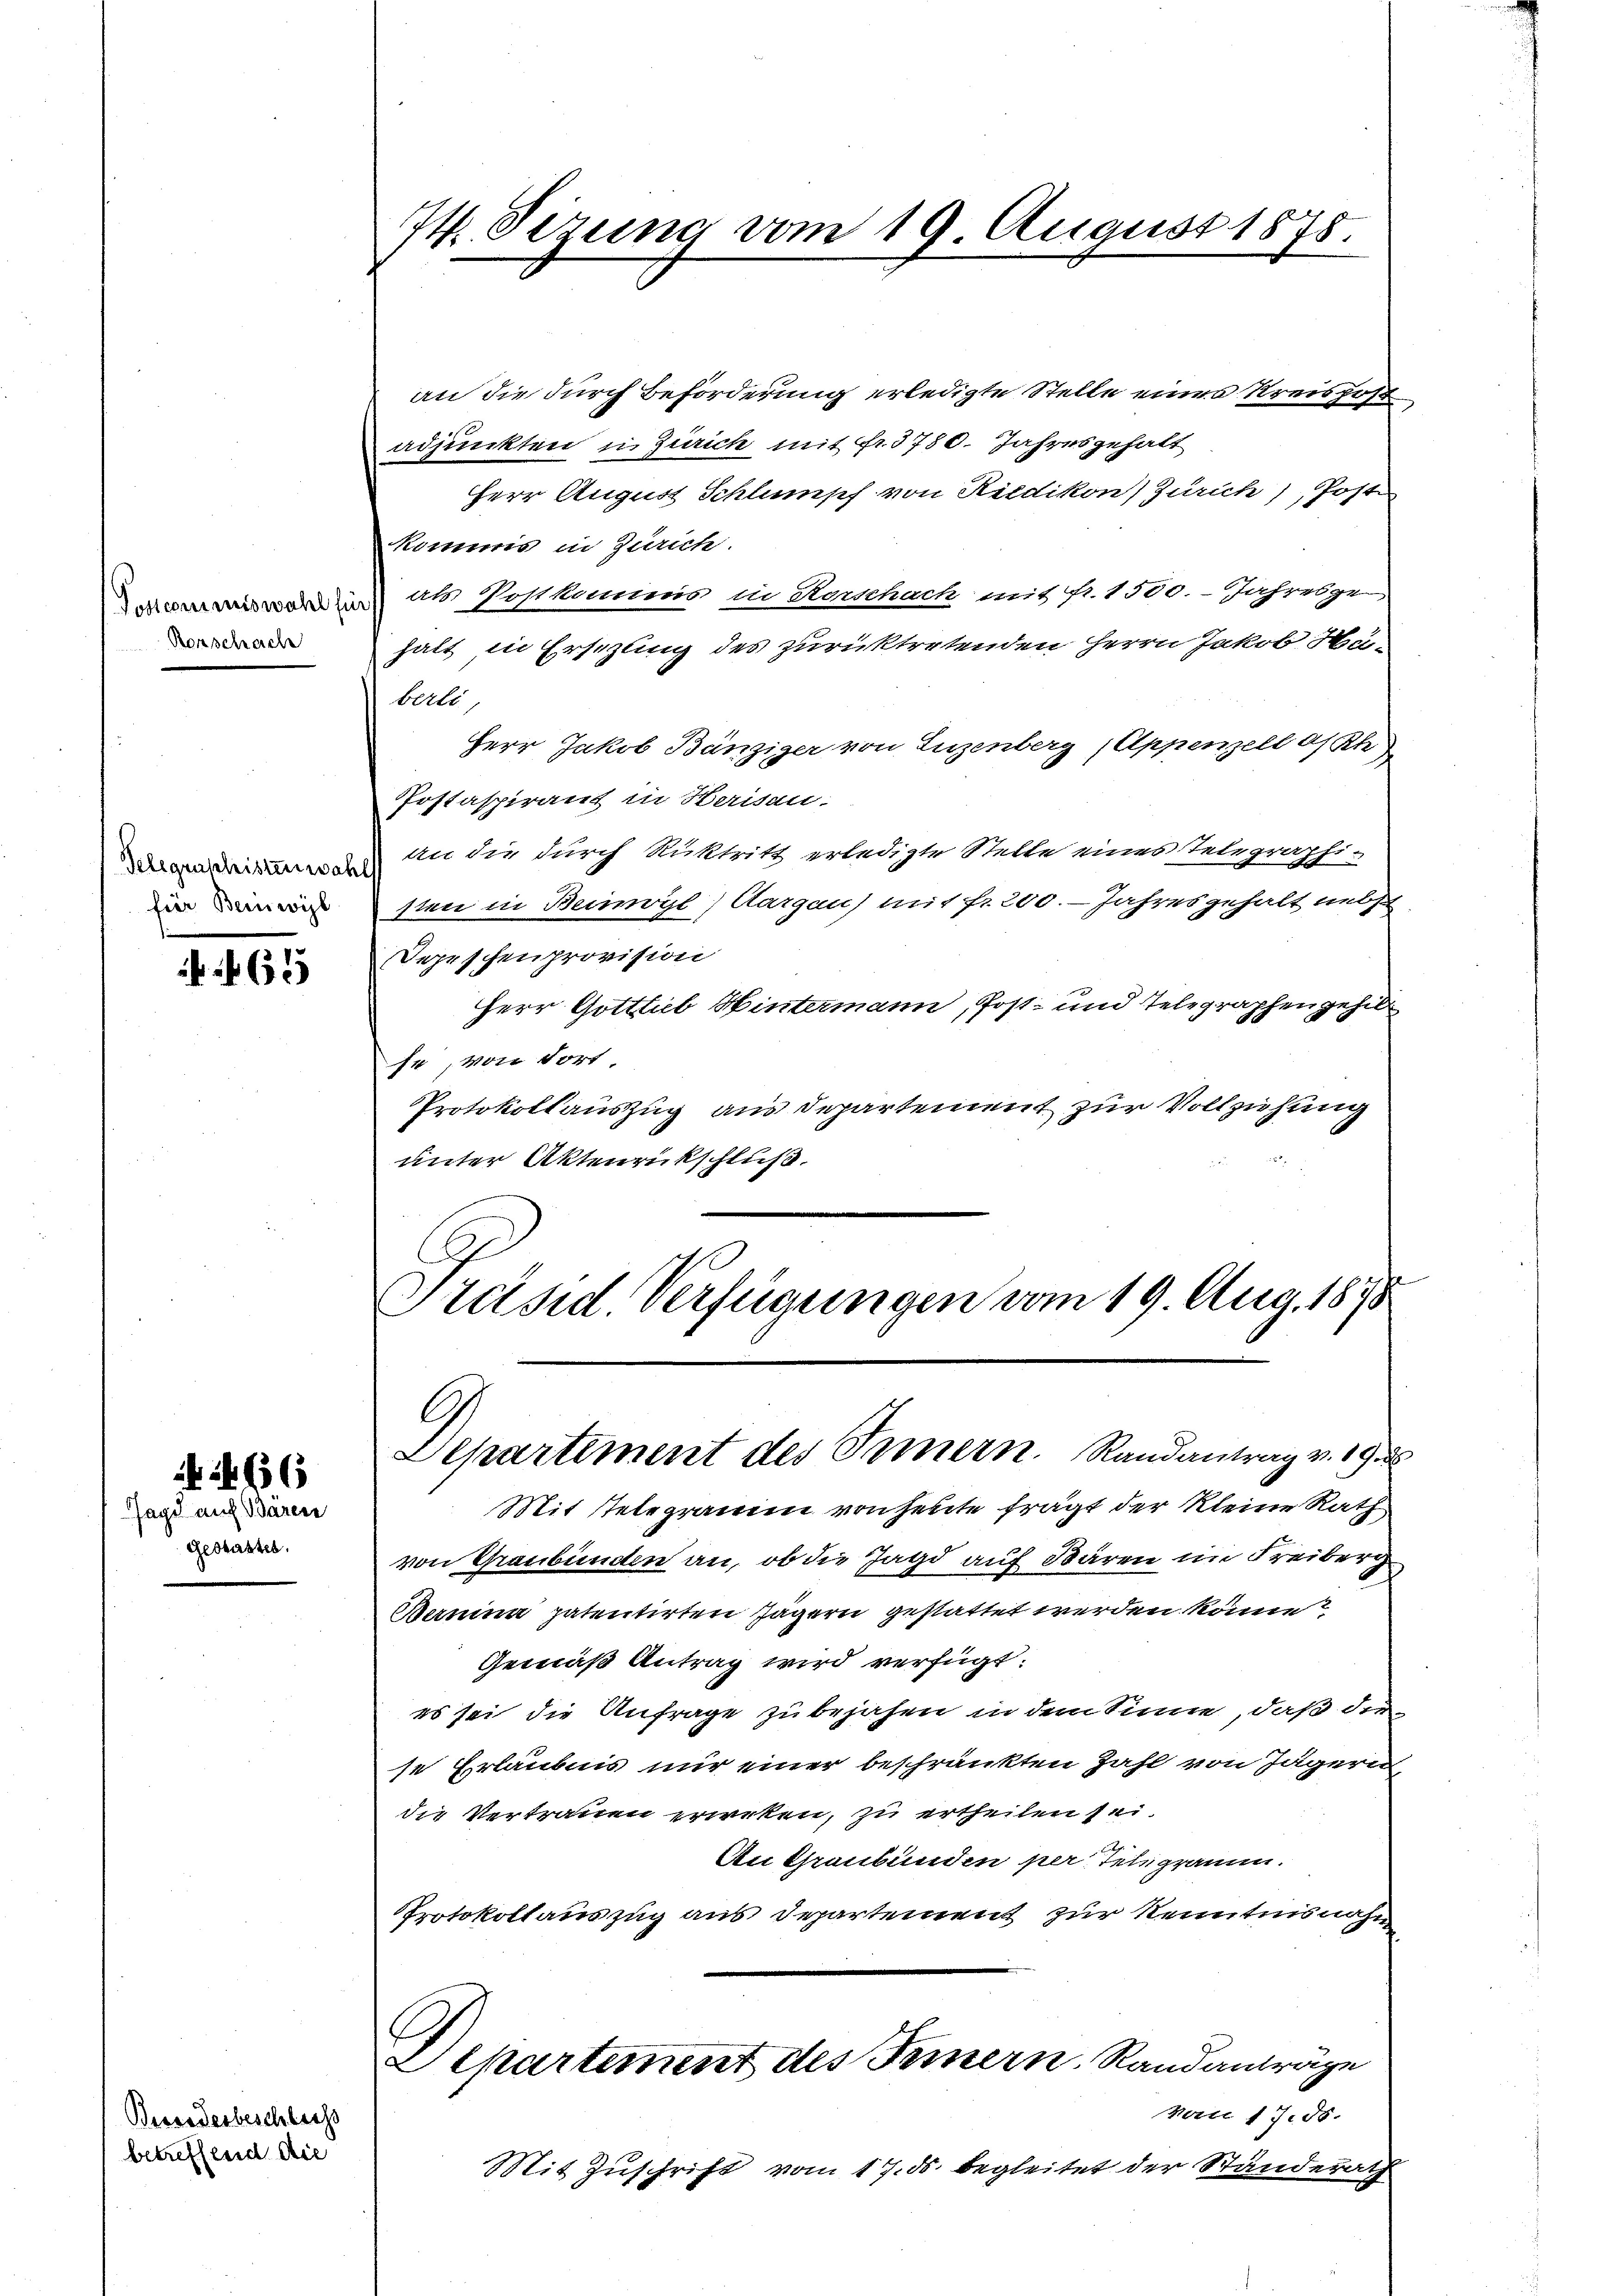
Rorschach

Gelegenschristenwahl
für Beinwil

62

Gestattes.

466
Jagd auf Bären

Berorderbeschlichs
betreffend die

74. Sizung vom 19. August 1875.

an die durch Beförderung erledigte Stelle eines Kreishoft
adjunkten in Zürich mit fr. 3780. Jahresgehalt
Herr August Schlumpf von Riedikon) Zürich), Post
Kommis in Zürich.
Tosommiswahl sie in Postumms in Hornhach mit Nr. 1500.- Jahresge-
halt in Ersezung des zurücktretenden Herrn Jakob Hu
berli,
Herr Jakob Bänziger von Luzenberg (Appenzell an Ste
Postaspirant in Herisau.
an die durch Rücktritt erledigte Stelle eines Telegraphi-
sten in Beimoyl) Aargau) mit fr. 200. Jahres gehalt nebst
Depeschenprovision
Herr Gottlieb Hintermann, Post- und Telegraphen gehilse, von dort.
Protokollauszug aus Departement zur Vollziehung
unter Aktenrückschluß.
Präsid. Verfügungen vom 19. Aug. 1875

l
Departement des Innern. Randantrag v. 193

Mit Telegramm von heute fragt der kleine Rath
von Graubünden an, ob die Jagd auf Bären im Freiberg
Kanina patentirten Jägern gestattet werden könne?
Gemäß Antrag wird verfügt:
es sei die Anfrage zu bejahen in dem Sinne, daß die
se Erlaubnis nur einer beschränkten Zahl von Jägern,
die Vertrauen erwerken, zu ertheilen sei.
A
An Graubünden per Telegramm.
Protokollauszug aus Departement zur Kenntnisnahm
Departement des Innern. Randanträge
von 17. 55.
Mit Zuschrift vom 17. ds. begleitet der Stunderath